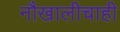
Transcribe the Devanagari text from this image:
नौखालीचाही